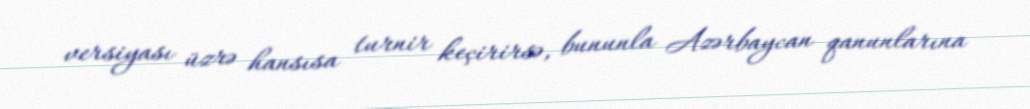
versiyası üzrə hansısa turnir keçirirsə, bununla Azərbaycan qanunlarına